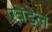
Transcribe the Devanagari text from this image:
एवेंडेल